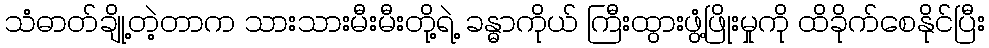
သံဓာတ်ချို့တဲ့တာက သားသားမီးမီးတို့ရဲ့ ခန္ဓာကိုယ် ကြီးထွားဖွံ့ဖြိုးမှုကို ထိခိုက်စေနိုင်ပြီး